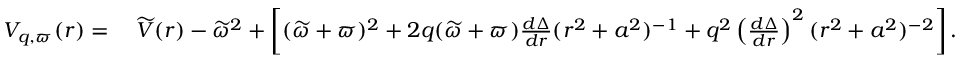
\begin{array} { r l } { V _ { q , \varpi } ( r ) = } & { \: \widetilde { V } ( r ) - \widetilde { \omega } ^ { 2 } + \left[ ( \widetilde { \omega } + \varpi ) ^ { 2 } + 2 q ( \widetilde { \omega } + \varpi ) \frac { d \Delta } { d r } ( r ^ { 2 } + a ^ { 2 } ) ^ { - 1 } + q ^ { 2 } \left( \frac { d \Delta } { d r } \right) ^ { 2 } ( r ^ { 2 } + a ^ { 2 } ) ^ { - 2 } \right] . } \end{array}